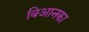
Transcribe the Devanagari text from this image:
बिआनका